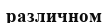
различном